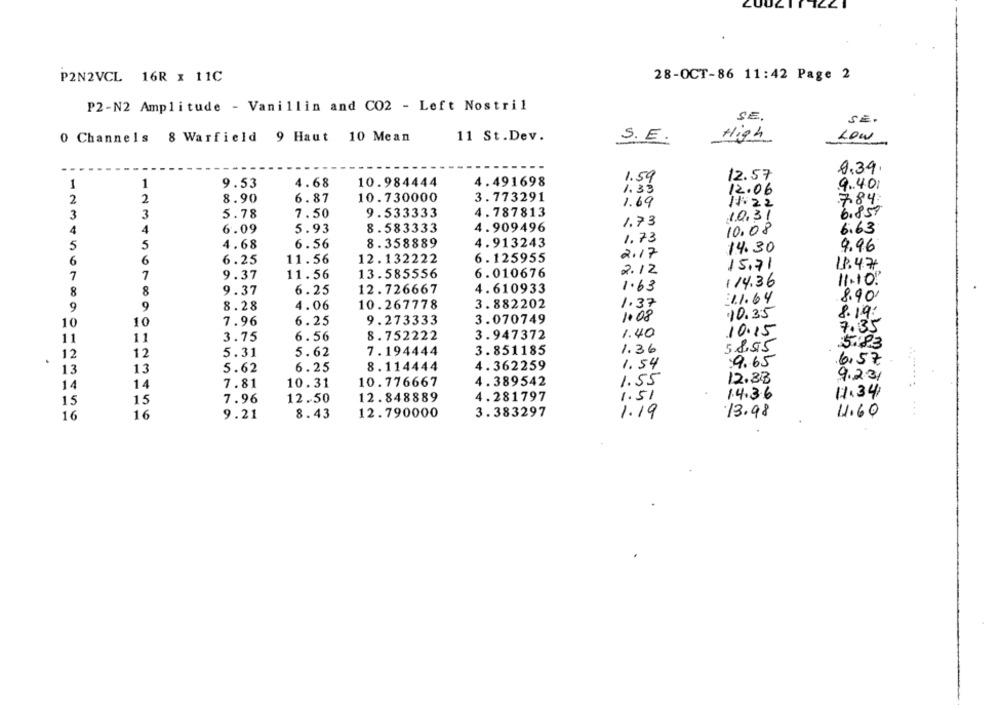
P2N2VCL 16R x 11C
28-OCT-86 11:42 Page 2
P2-N2 Amplitude - Vanillin and CO2 - Left Nostril
SE.
SE.
High
0 Channels 8 Warfield 9 Haut 10 Mean
11 St.Dev.
S.E.
Low
9.39
1.59
12.57
1
1
9.53
4.68
10.984444
4.491698
9.40
1.33
12.06
2
2
8.90
6.87
10.730000
3. 773291
1.69
11:22
784
9.533333
4.787813
3
5.78
7.50
10.31
6.859
4.909496
1.73
4
4
6.09
5.93
8.583333
10.08
6.63
1.73
5
5
4.68
6.56
8.358889
4.913243
9.96
2.17
14.30
6
6
6.25
11.56
12.132222
6.125955
15.71
18.47
7
7
9.37
11.56
13.585556
6.010676
2.12
114.36
11.10.
8
9.37
6.25
12.726667
4. 610933
1.63
8
8.90
9
8.28
4.06
10.267778
3.882202
1.37
1.1.64
9
3.070749
1.08
10.35
8.19:
10
10
7.96
6.25
9.273333
1.40
10.15
7.35
11
11
3.75
6.56
8.752222
3.947372
58.55
5.83
12
12
5.31
5.62
7.194444
3.851185
1.36
.6.57
13
13
5.62
6.25
8.114444
4. 362259
1.54
9.65
9.231
14
7.81
10.31
10.776667
4.389542
1.55
12.33
14
12.848889
4.281797
1.51
1.4.36
11.34
15
15
7.96
12.50
16
16
9.21
8.43
12.790000
3.383297
1.19
13.98
11.60